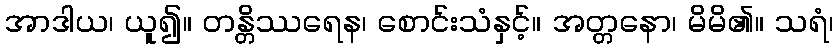
အာဒါယ၊ ယူ၍။ တန္တိဿရေန၊ စောင်းသံနှင့်။ အတ္တနော၊ မိမိ၏။ သရံ၊